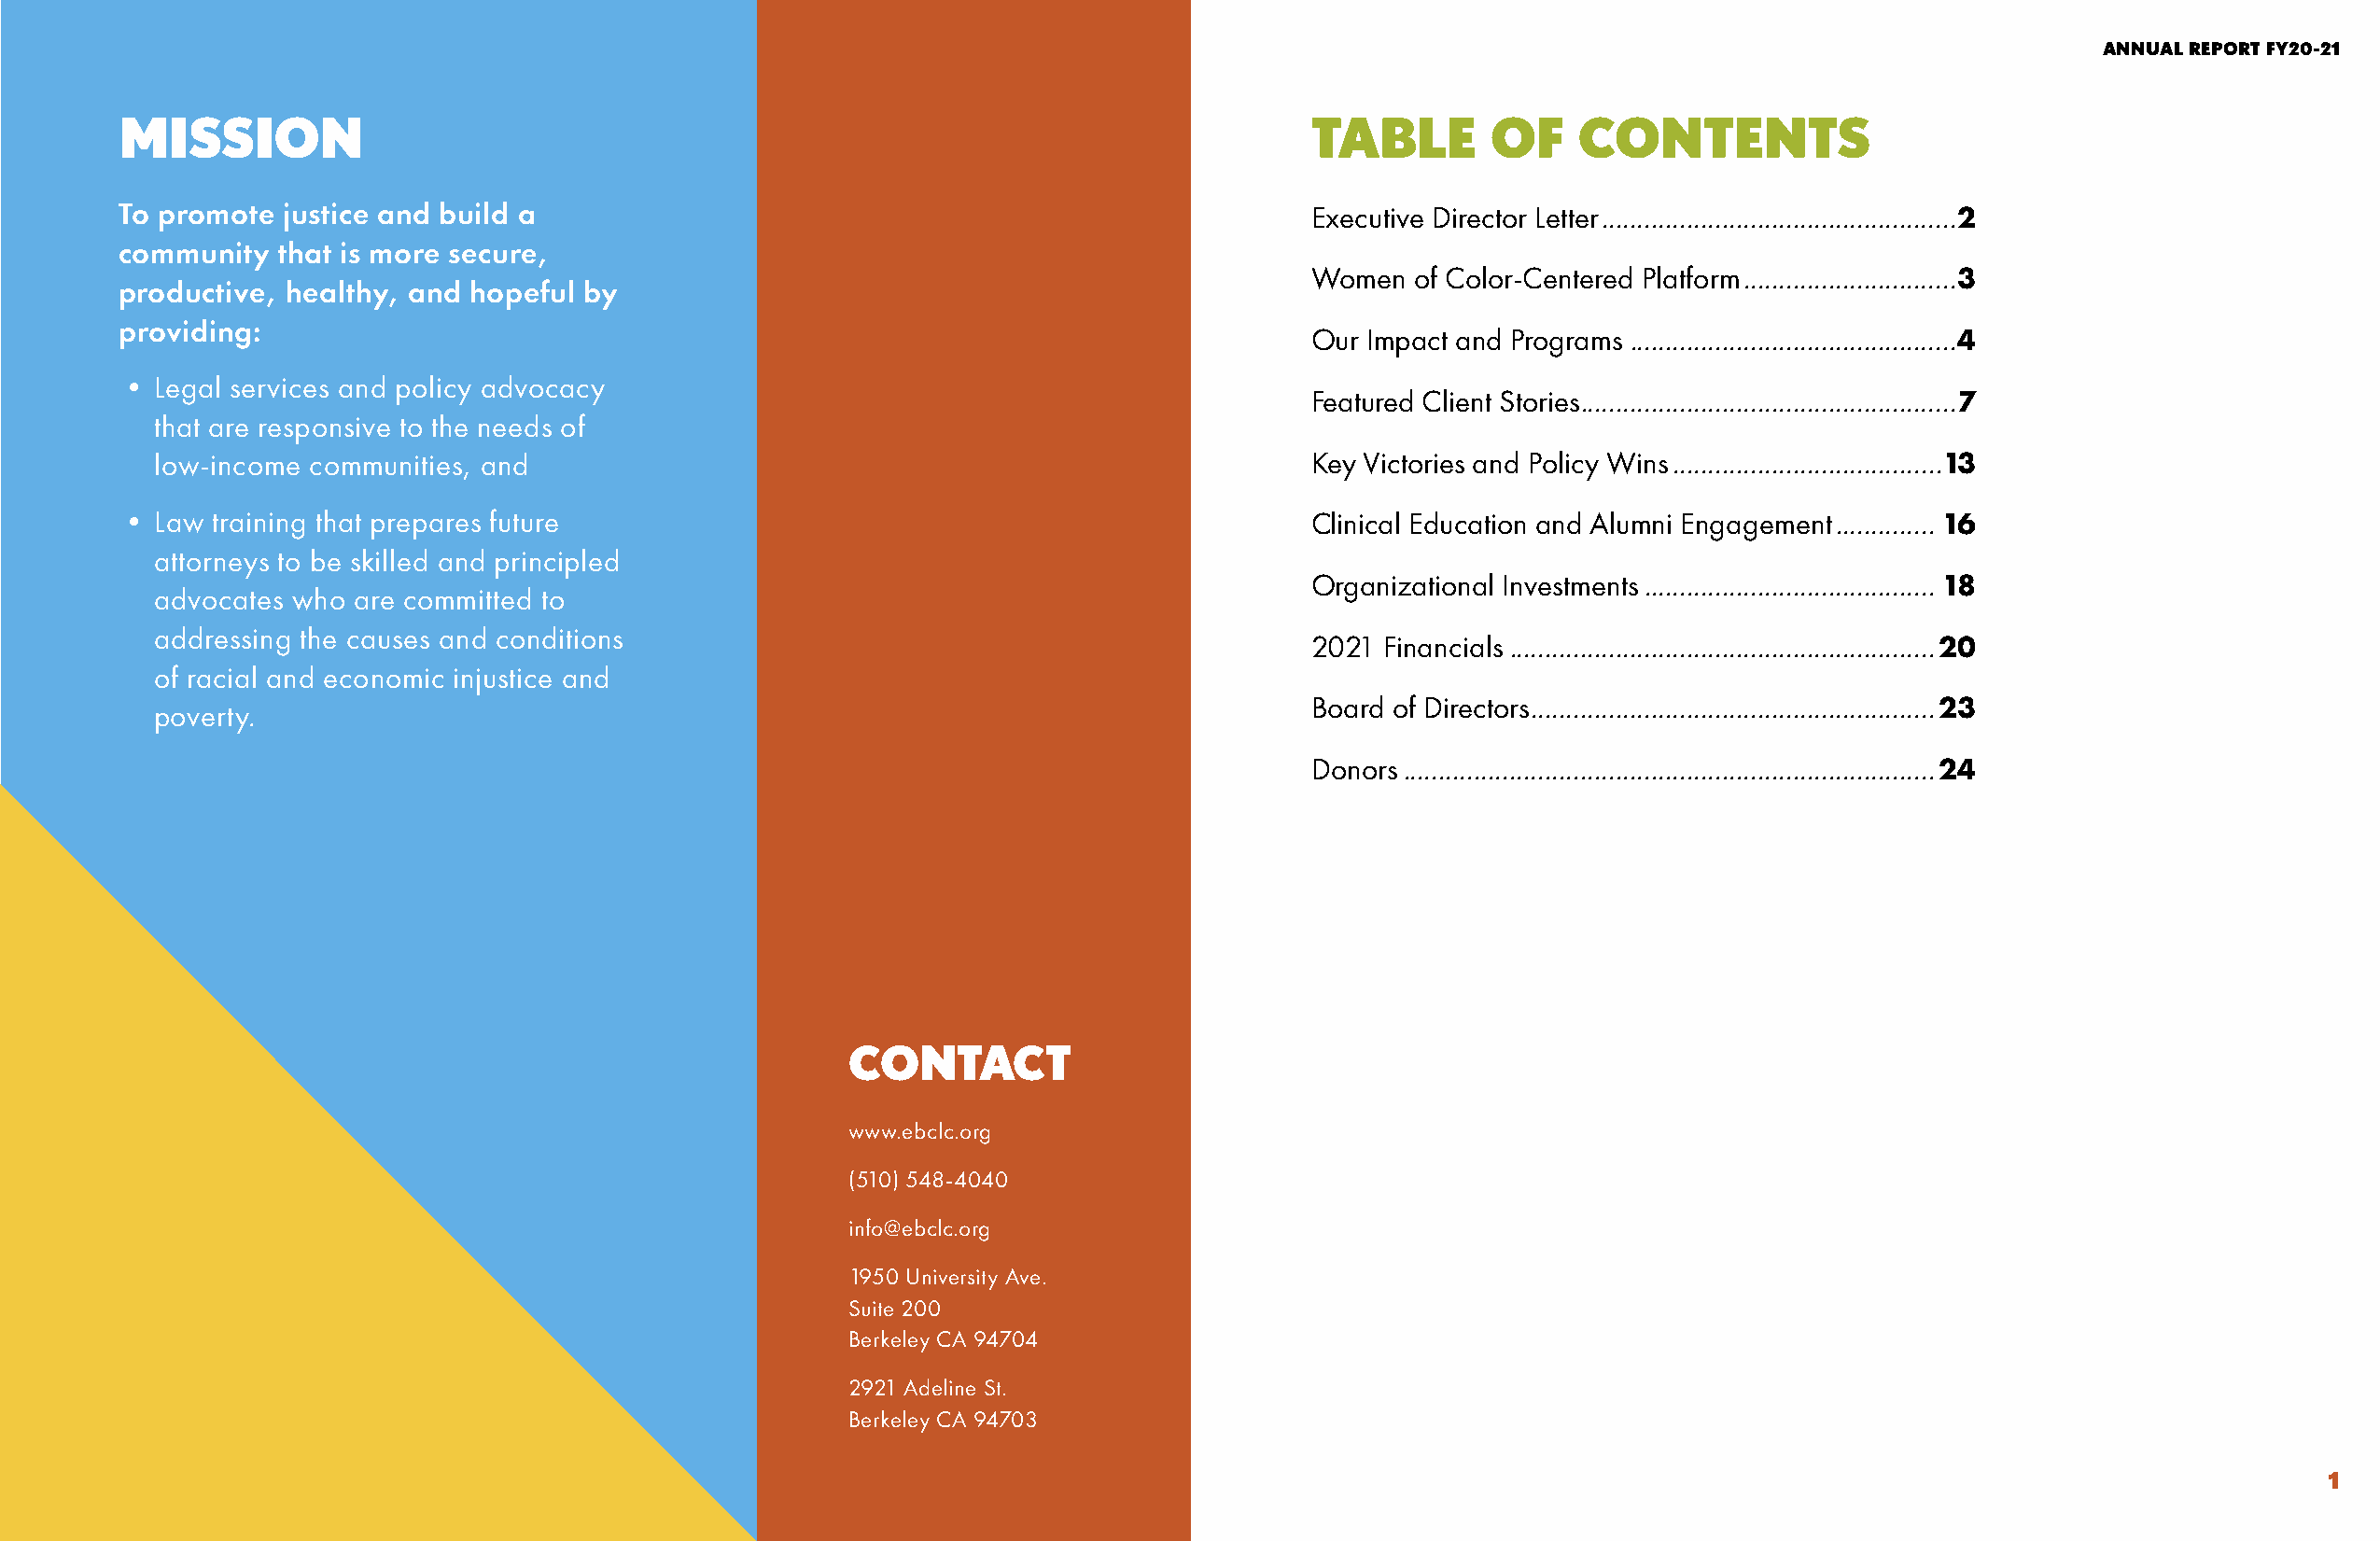
EAST BAY COMMUNITY LAW CENTER                                                                                                                     ANNUAL REPORT FY20-21
 MISSION                                                                              TABLE        OF    CONTENTS
 To promote  justice and build a                                                      Executive Director Letter ..................................................2
 community   that is more secure,
 Women  of Color-Centered Platform ..............................3
 productive, healthy, and hopeful by
 providing:
 Our Impact and Programs ..............................................4
 •  Legal services and policy advocacy
 Featured Client Stories .....................................................7
 that are responsive to the needs of
 low-income communities, and                                                       Key Victories and Policy Wins ......................................13
 •  Law training that prepares future                                                 Clinical Education and Alumni Engagement .............. 16
 attorneys to be skilled and principled
 Organizational Investments ......................................... 18
 advocates who are committed to
 addressing the causes and conditions
 2021 Financials ............................................................20
 of racial and economic injustice and
 Board of Directors .........................................................23
 poverty.
 Donors ...........................................................................24
 CONTACT
 www.ebclc.org
 (510) 548-4040
 info@ebclc.org
 1950 University Ave.
 Suite 200
 Berkeley CA 94704
 2921 Adeline St.
 Berkeley CA 94703
 ii                                                                                                                                                                1